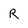
Character: R